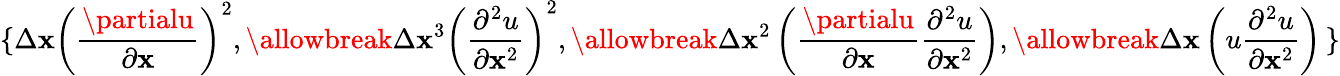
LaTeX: \left\{ \right.\Delta\mathbf{x}\left(\frac{{\partialu}}{{\partial\mathbf{x}}}\right)^{2},\allowbreak\Delta\mathbf{x}^{3}\left(\frac{{\partial^{2}u}}{{\partial\mathbf{x}^{2}}}\right)^{2},\allowbreak\Delta\mathbf{x}^{2}\left(\frac{{\partialu}}{{\partial\mathbf{x}}}\frac{{\partial^{2}u}}{{\partial\mathbf{x}^{2}}}\right),\allowbreak\Delta\mathbf{x}\left(u\frac{{\partial^{2}u}}{{\partial\mathbf{x}^{2}}}\right)\left.\right\}